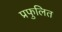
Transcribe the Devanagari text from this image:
प्रफुलित